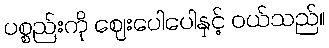
ပစ္စည်းကို ဈေးပေါပေါနှင့် ဝယ်သည်။